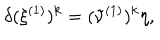
\delta ( \xi ^ { ( 1 ) } ) ^ { k } = ( \tilde { \nu } ^ { ( 1 ) } ) ^ { k } \eta ,